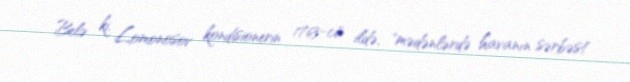
Belə ki, Lomonosov kondisionerin 1763-cü ildə, "mədənlərdə havanın sərbəst